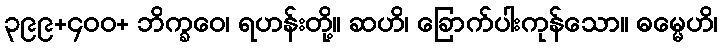
၃၉၉+၄၀၀+ ဘိက္ခဝေ၊ ရဟန်းတို့။ ဆဟိ၊ ခြောက်ပါးကုန်သော။ ဓမ္မေဟိ၊